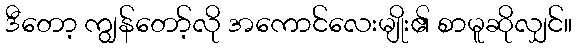
ဒီတော့ ကျွန်တော့်လို အကောင်လေးမျိုး၏ စာမူဆိုလျှင်။